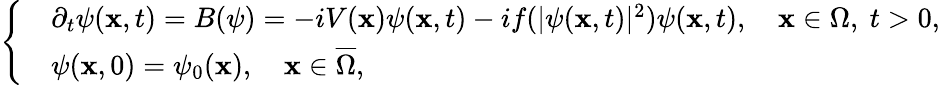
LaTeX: \left\{ \begin{array}{rl}&{\partial_{t}\psi(\mathbf{x},t)=B(\psi)=-iV(\mathbf{x})\psi(\mathbf{x},t)-if(|\psi(\mathbf{x},t)|^{2})\psi(\mathbf{x},t),\quad\mathbf{x}\in\Omega,\ t>0,}\\ &{\psi(\mathbf{x},0)=\psi_{0}(\mathbf{x}),\quad\mathbf{x}\in\overline{{\Omega}},}\end{array}\right.